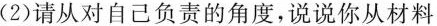
(2)请从对自己负责的角度，说说你从材料